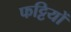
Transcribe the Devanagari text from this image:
फट्टियों